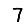
Digit: 7